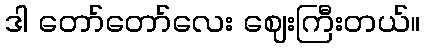
ဒါ တော်တော်လေး ဈေးကြီးတယ်။